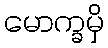
မောက္ခမှိ